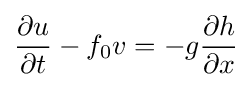
{\frac {\partial u}{\partial t}}-f_{0}v=-g{\frac {\partial h}{\partial x}}